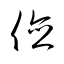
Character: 倹